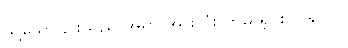
သို့သော်၎င်းသည် အရာ အားလုံး ကိုမ ရှင်းပြ နိုင်ပါ။